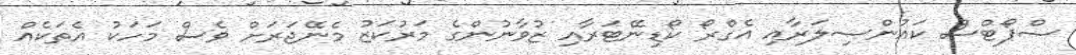
ސްޕޯޓްސް ކައުންސިލަރާއި އެގްރޯ ކޯޑިނޭޓަރާއި ޒުވާނުންގެ މަރުކަޒު މެނޭޖަރަށް ވެސް މަހަކު އެތަކެއް